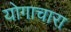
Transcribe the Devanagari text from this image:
योगाचारा